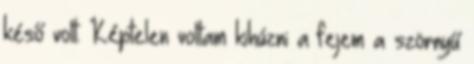
késő volt. Képtelen voltam kihúzni a fejem a szörnyű